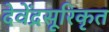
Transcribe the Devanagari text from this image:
देवेंद्रसूरिकृत